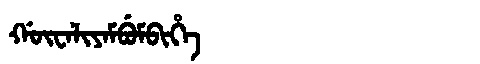
Manchu: ᡤᡡᠸᠠᠯᡳᠶᠠᠮᠪᡠᠮᠪᡳᡥᡝ
Romanization: GŪWALIYAMBUMBIHE